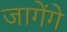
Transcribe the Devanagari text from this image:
जागेंगे